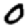
Digit: 0